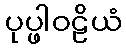
ပုပ္ဖါဝဠိယံ